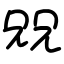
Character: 㒭